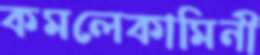
কমলেকামিনী